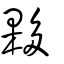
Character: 夥